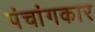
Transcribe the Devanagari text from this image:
पंचांगकार